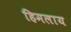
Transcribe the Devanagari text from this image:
हिमलाय